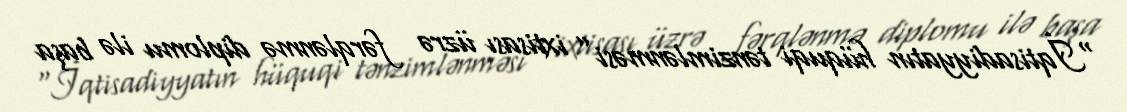
“İqtisadiyyatın hüquqi tənzimlənməsi” ixtisası üzrə fərqlənmə diplomu ilə başa